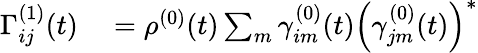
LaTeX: \begin{array}{rl}{\Gamma_{ij}^{(1)}(t)}&{{}=\rho^{(0)}(t)\sum_{m}\gamma_{im}^{(0)}(t)\left(\gamma_{jm}^{(0)}(t)\right)^{\ast}}\end{array}